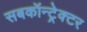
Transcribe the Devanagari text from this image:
सबकॉन्ट्रेक्टर